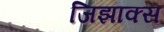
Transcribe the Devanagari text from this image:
जिझाक्स